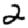
Digit: 2